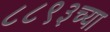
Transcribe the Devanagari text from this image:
८८९३च्या